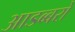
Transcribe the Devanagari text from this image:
आडब्बरों